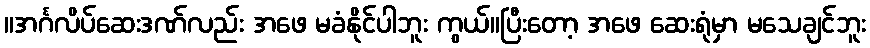
။အင်္ဂလိပ်ဆေးဒဏ်လည်း အဖေ မခံနိုင်ပါဘူး ကွယ်။ပြီးတော့ အဖေ ဆေးရုံမှာ မသေချင်ဘူး